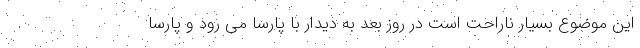
این موضوع بسیار ناراحت است در روز بعد به دیدار با پارسا می رود و پارسا